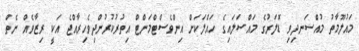
މައުލޫމާތު މުއްސަނދިވި ޑޮލަރުގެ މައްސަލައިގެ ހައްލަކަށް އިންވެސްޓްމަންޓް އިތުރުކުރުންދިވެހިރާއްޖެ އަކީ ރިޒާވެއް ނެތް